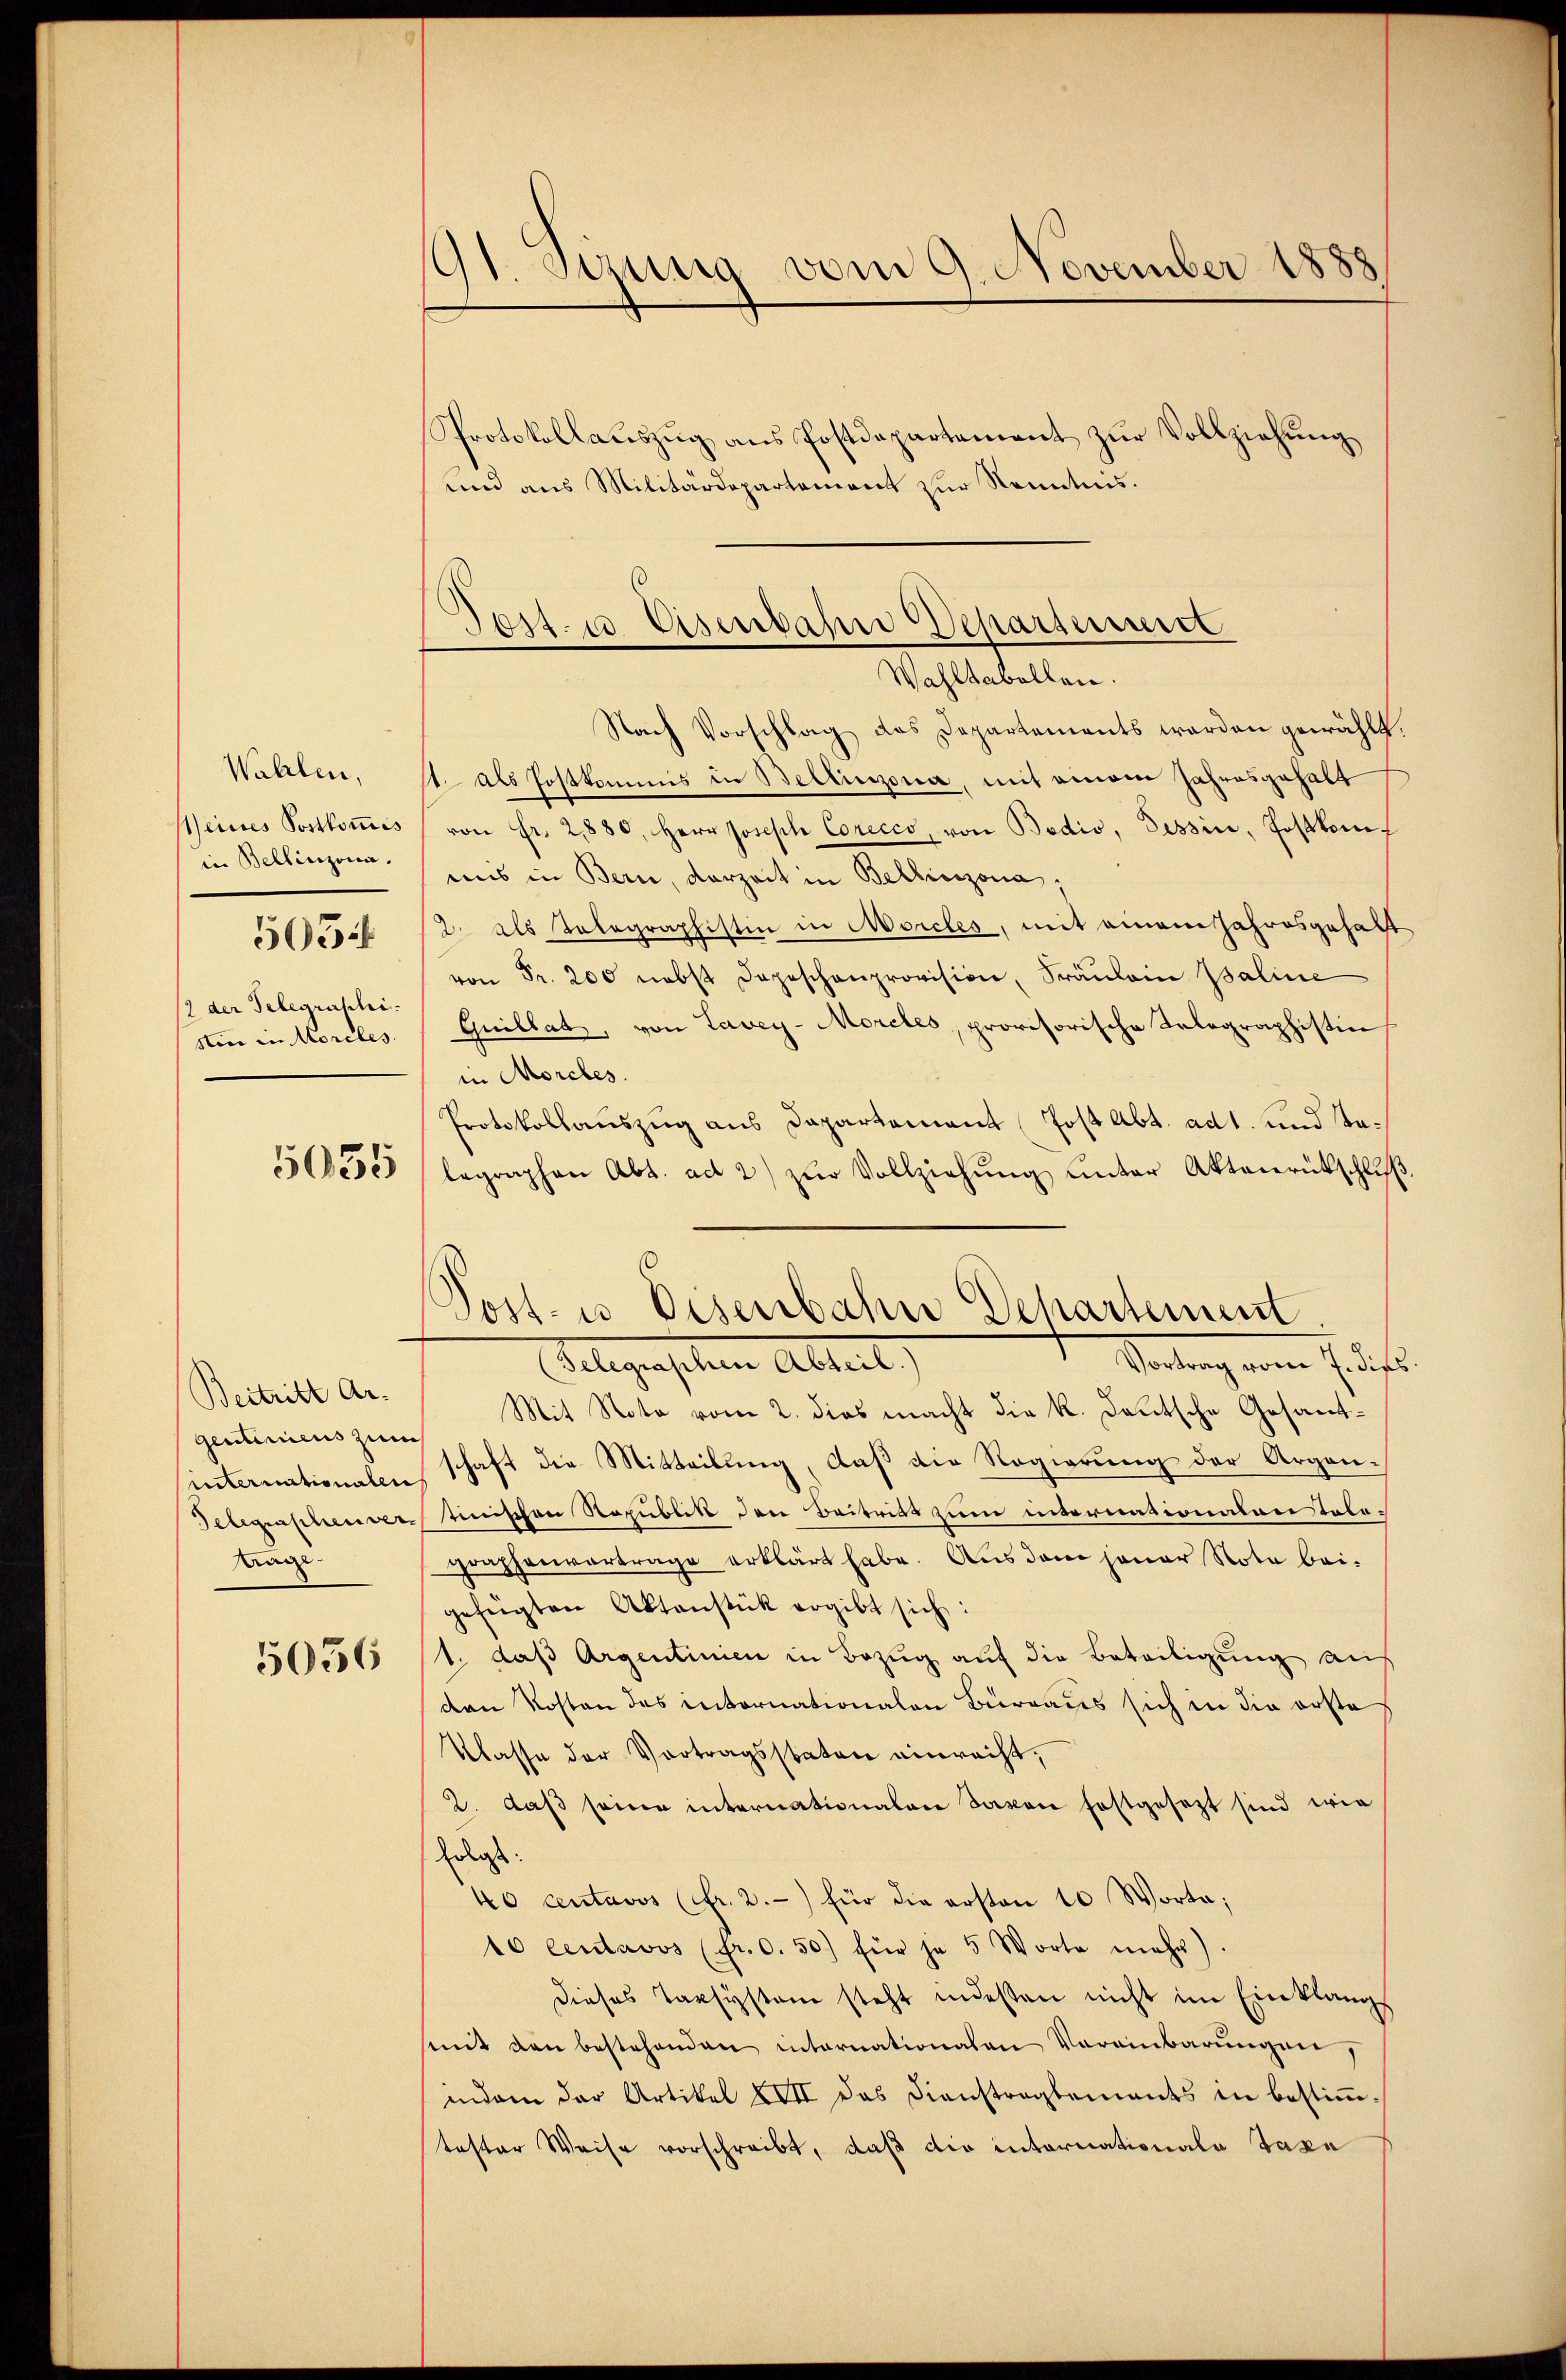
Wahlen,
Meines Postkoṁis
in Bellinzona.
505.
/2 der Telegraphi-
stin in Morcles.

5055

Beitritt Ar
gentiniens zum
internationalen
Kage

5056

91 Suzung vom 9. November 1888

Protokollaŭszŭg ans Postdepartement zŭr Vollziehŭng
und aus Militärdepartement zur Kenntnis.

Post- u. Osenbahne Departermitt
Wahltabellen.

Nach Vorschlag das Departements werden gewählt.
st als Postkommis in Bellinzona, mit einem Jahresgehalt
von Fr. 2880, Herr Joseph Corecco, von Bodio, Tessin, Postkonf
mis in Bern, derzeit in Bellinzona,
2. als Telegraphistin in Morcles, mit einem Jahresgehalt
von Fr. 200 nebst dageschenprovision, Fräulein Baline
Quillat, von Lavey-Moreles, provisorische Telegraphistin
in Morches.
Protokollauszug aus Dapartement Jost Abt. ad 1. und Talegraphen Abt. ad 2) zŭr Vollziehŭng unter Aktenrütschlŭβ
Sedung vom Just
Gelegenschen Abteilt.
Mit Note vom 2. dies macht die k. Deutsche Gesandschaft die Mitteilung, daß die Regierung der Argau¬
Seegraphenverstinischen Republik den Beitritt zum internationalen Tabographenvertrage erklärt habe. Aus dem jener Nota bei-
gefügten Aktenstück ergibt sich:
1. daß Argentinien in Bezug auf die Beteiligung aus
den Kosten des internationalen Büreaus sich in die erste
Klasse der Vortragsstaten einrecht,
2. daβ seine internationalen davon festgesezt sind wie
Erlass
40 centavos (fr. 2.) für die ersten 10 Worte;
10 centavos (fr. 0. 50) für je 5 Worte mehr
dieses Tapsystem steht indesten nicht im Einklangs
mmit den bestehenden internationalen Vereinbarungen,
indem der Artikel XVII das Dienstragtements in bestiṁ-
taster Weise vorschreibt, daß die internationale Taxa

Post- u Eisenbahn Departement.